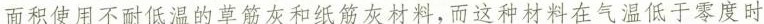
而积使用不耐低温的草筋灰和纸筋灰材料，而这种材料在气温低于零度时